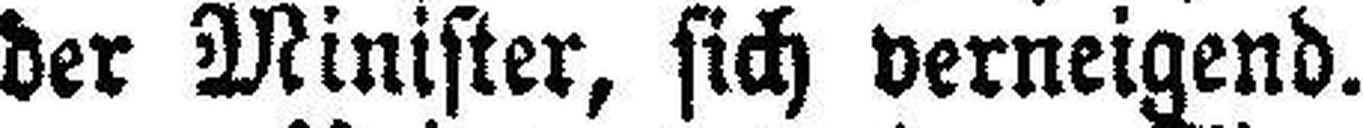
der Minister, sich verneigend.